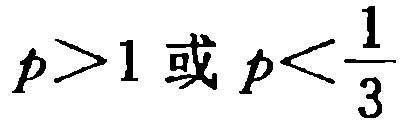
$p>1 \text{ 或 } p<\frac{1}{3}$